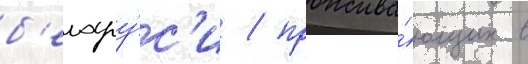
б'елару́с'и / прожива́ющих в